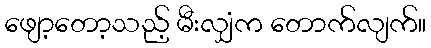
ဖျော့တော့သည့် မီးလျှံက တောက်လျက်။